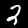
Label: 2